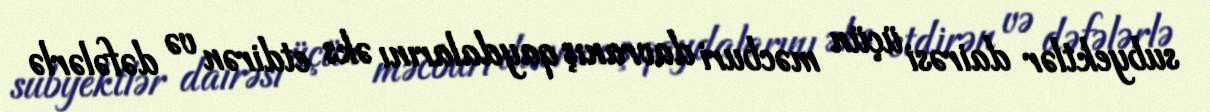
subyektlər dairəsi üçün məcburi davranış qaydalarını əks etdirən və dəfələrlə